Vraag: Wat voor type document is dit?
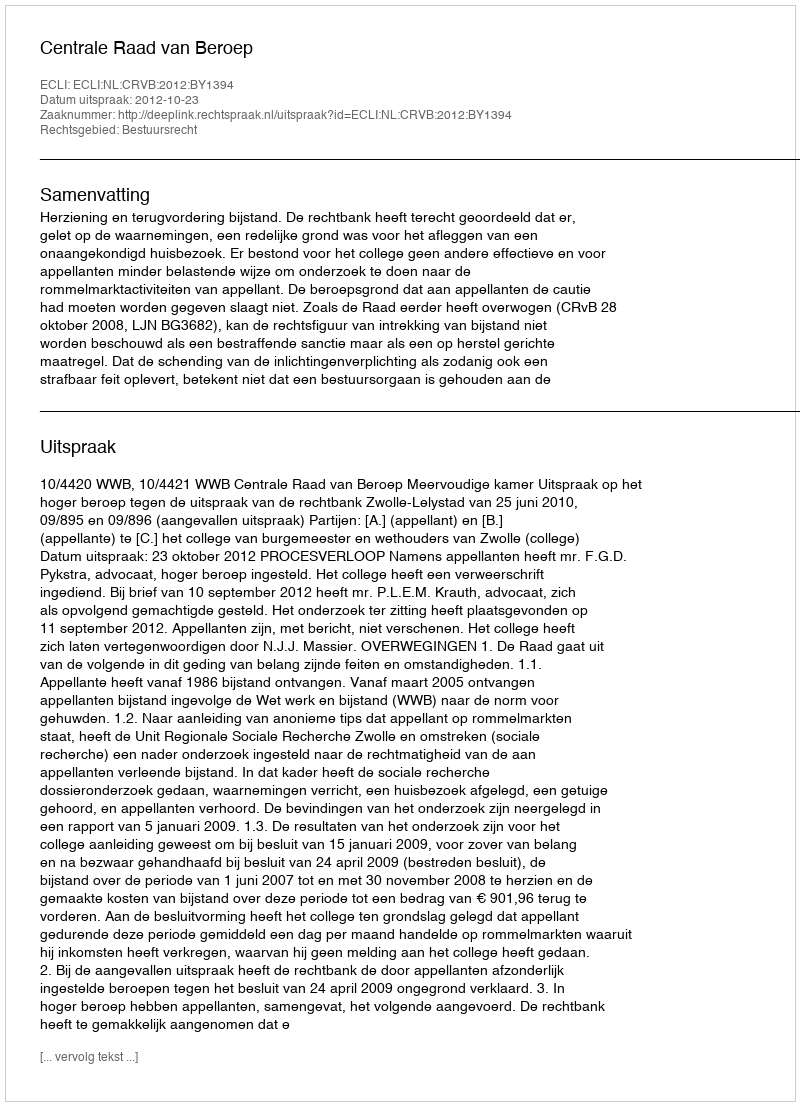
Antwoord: Uitspraak